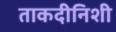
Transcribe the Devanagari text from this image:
ताकदीनिशी